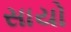
સાયો